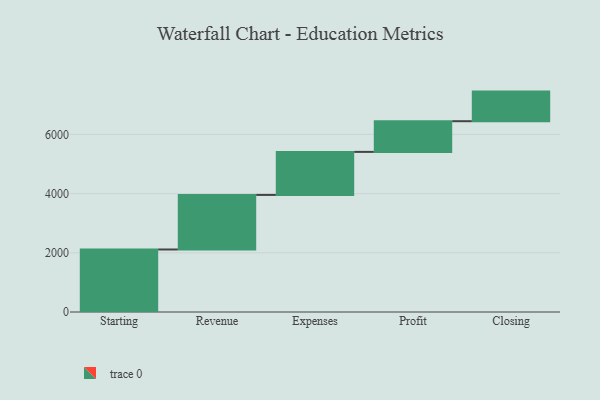
{"axis": {"x": "Step", "y": "Value"}, "legend": [""], "data": [{"x": "Starting", "y": 2112.0, "type": ""}, {"x": "Revenue", "y": 1843.0, "type": ""}, {"x": "Expenses", "y": 1454.0, "type": ""}, {"x": "Profit", "y": 1037.0, "type": ""}, {"x": "Closing", "y": 1000, "type": ""}]}